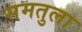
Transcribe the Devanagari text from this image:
समतुला